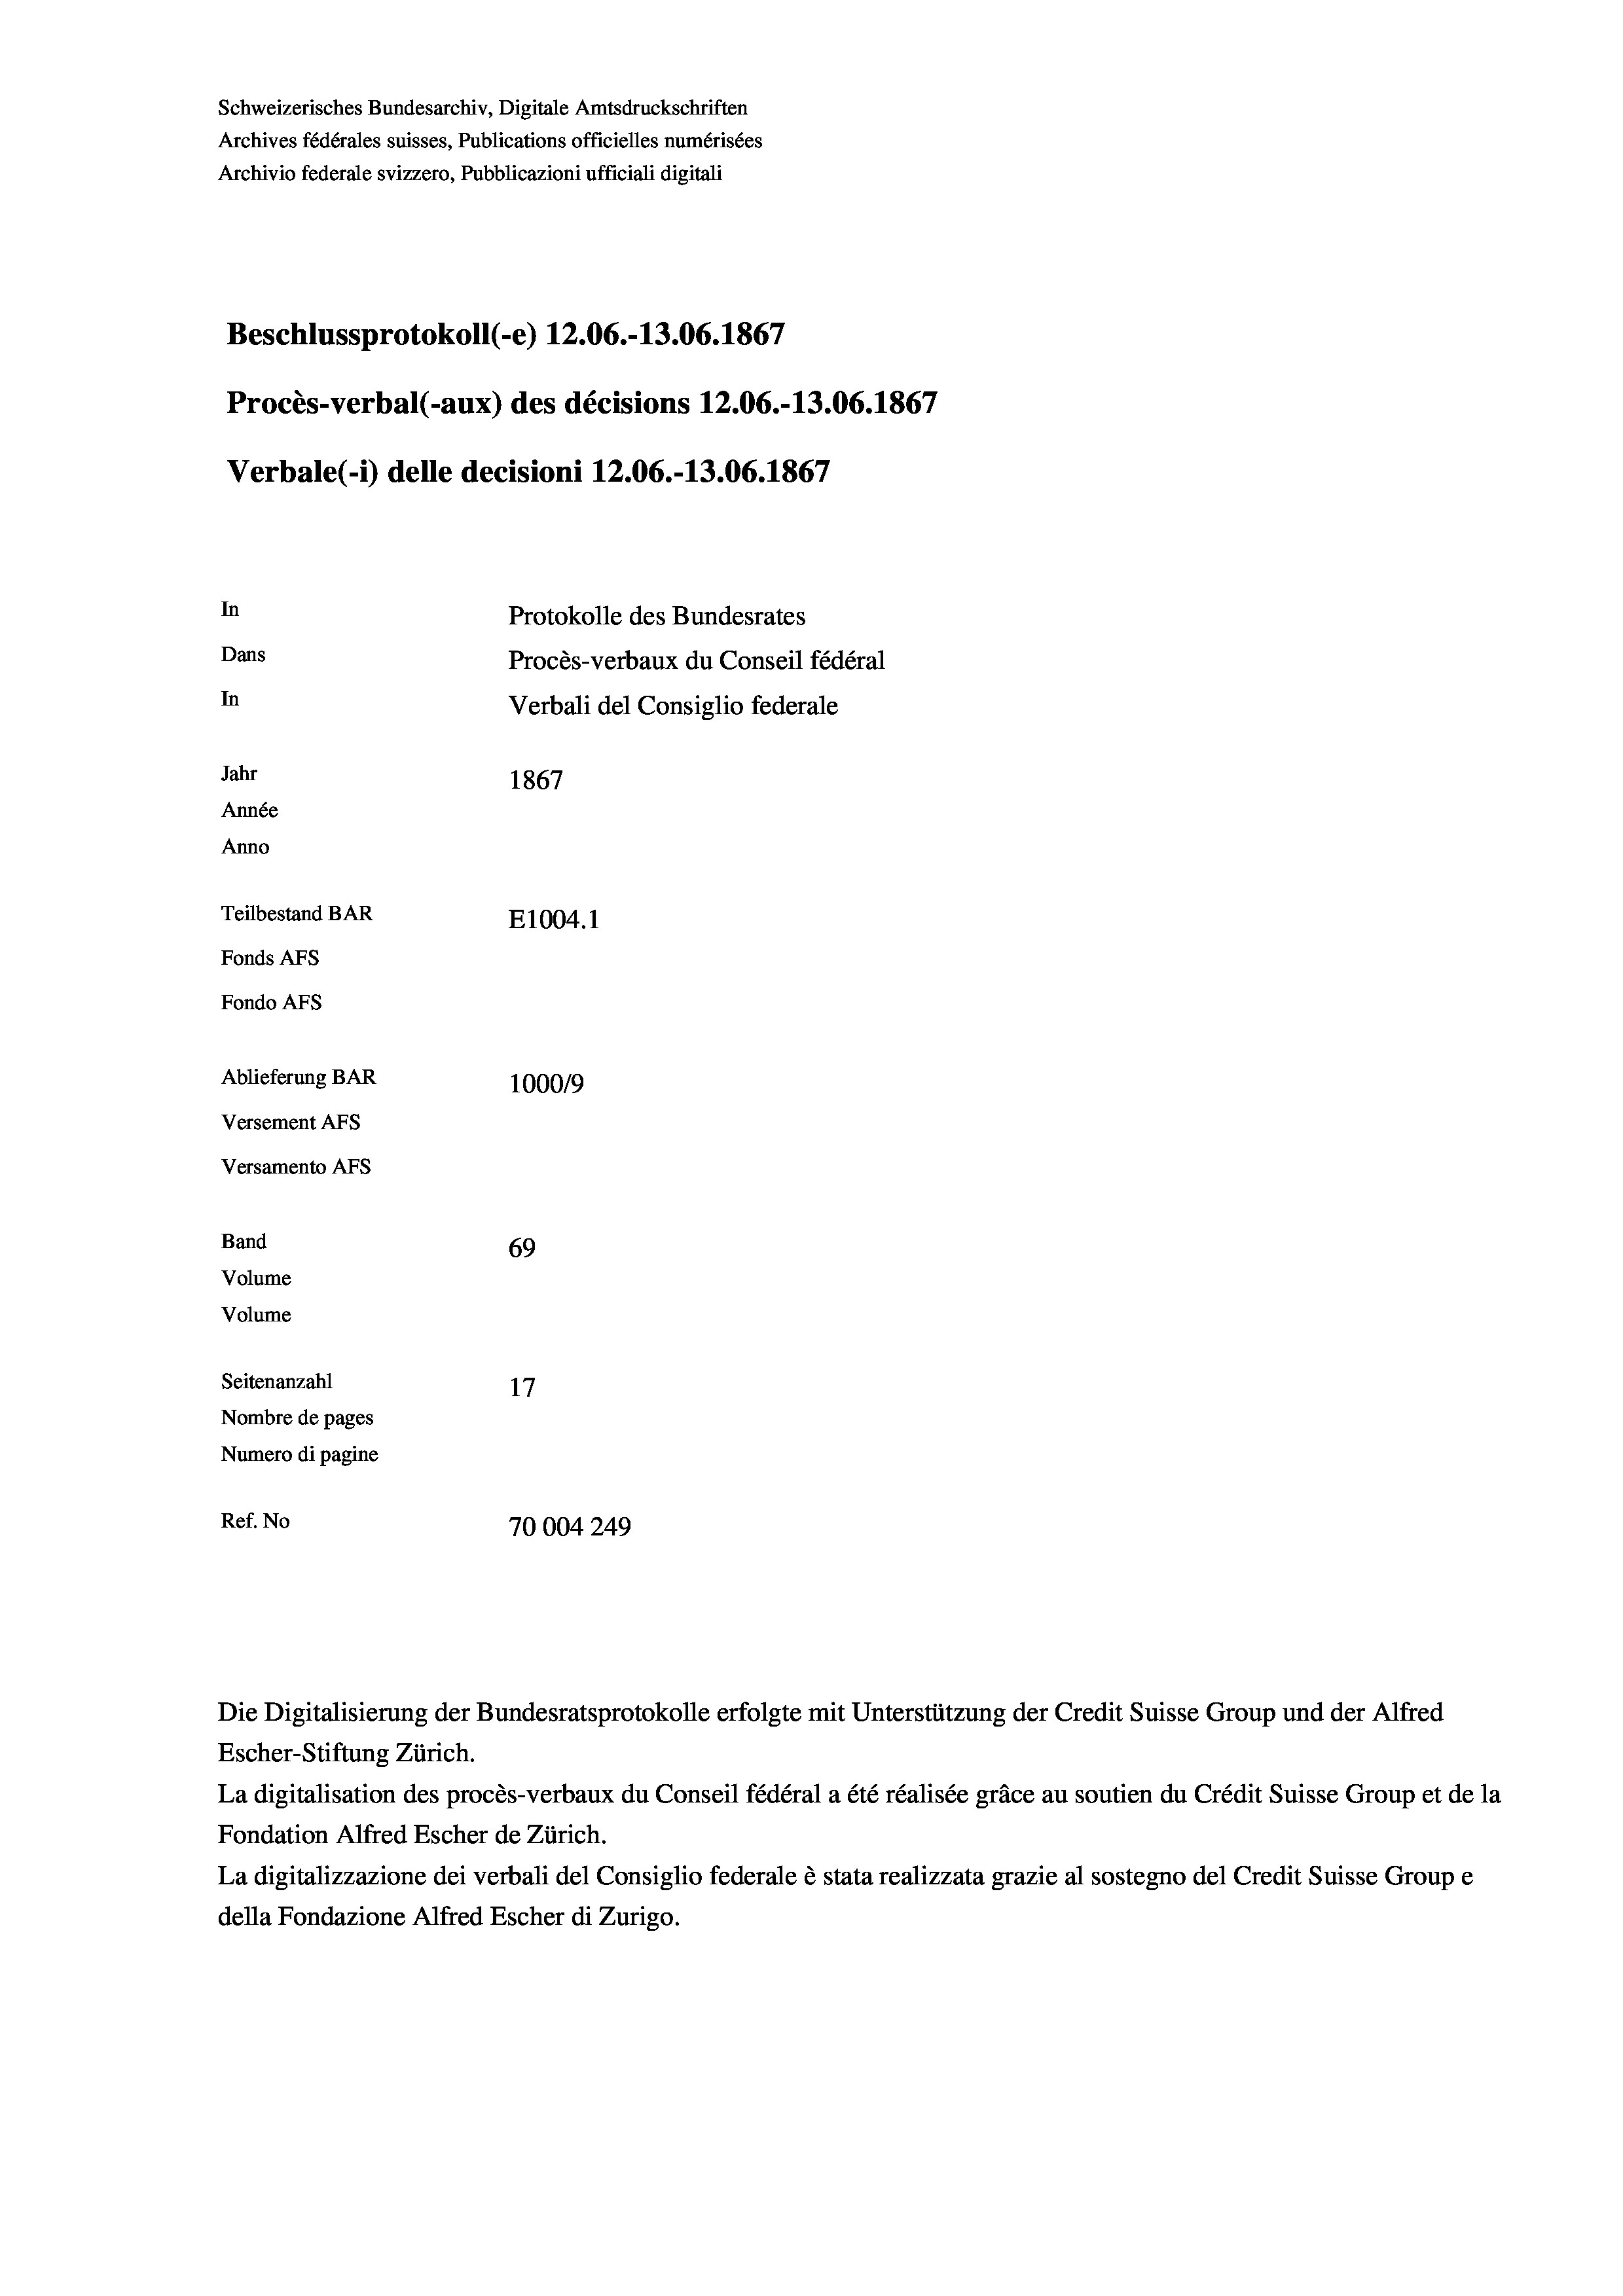
Schweizerisches Bundesarchiv, Digitale Amtsdruckschriften
Archives fédérales suisses, Publications officielles numérisées
Archivio federale svizzero, Pubblicazioni ufficiali digitali
Beschlussprotokoll (-e) 12.06.-13.06. 1867
Procès-verbal (-aux) des décisions 12.06.-13.06. 1867
Verbale(-*) delle decisioni 12.06.-13.06. 1867
In
Protokolle des Bundesrates
Dans
Procès-verbaux du Conseil fédéral
In
Verbali del Consiglio federale
Jahr
1867
Année
Anno
Teilbestand BAR
E1004.1
Fonds Afs
Fondo Afs
Ablieferung BAR
100019
Versement AFs
Versamento AFs
Band
69
Volume
Volume

Seitenanzahl
17
Nombre de pages
Numero di pagine
Ref. No
70004249

Escher-Stiftung Zürich.
La digitalisation des procès-verbaux du Conseil fédéral a été réalisée gräce au soutien du Crédit Suisse Group et de la
Fondation Alfred Escher de Zürich.
La digitalizzazione dei verbali del Consiglio federale è stata realizzata grazie al sostegno del Credit Suisse Groupe
della Fondazione Alfred Escher di Zurigo.

Die Digitalisierung der Bundesratsprotokolle erfolgte mit Unterstützung der Credit Suisse Group und der Alfred